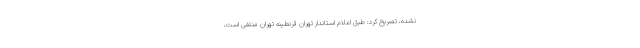
نشده، تصریح کرد: طبق اعلام استاندار تهران قرنطینه تهران منتفی است،